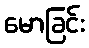
မောခြင်း